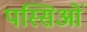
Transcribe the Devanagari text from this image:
पस्सिओं